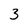
Character: 3